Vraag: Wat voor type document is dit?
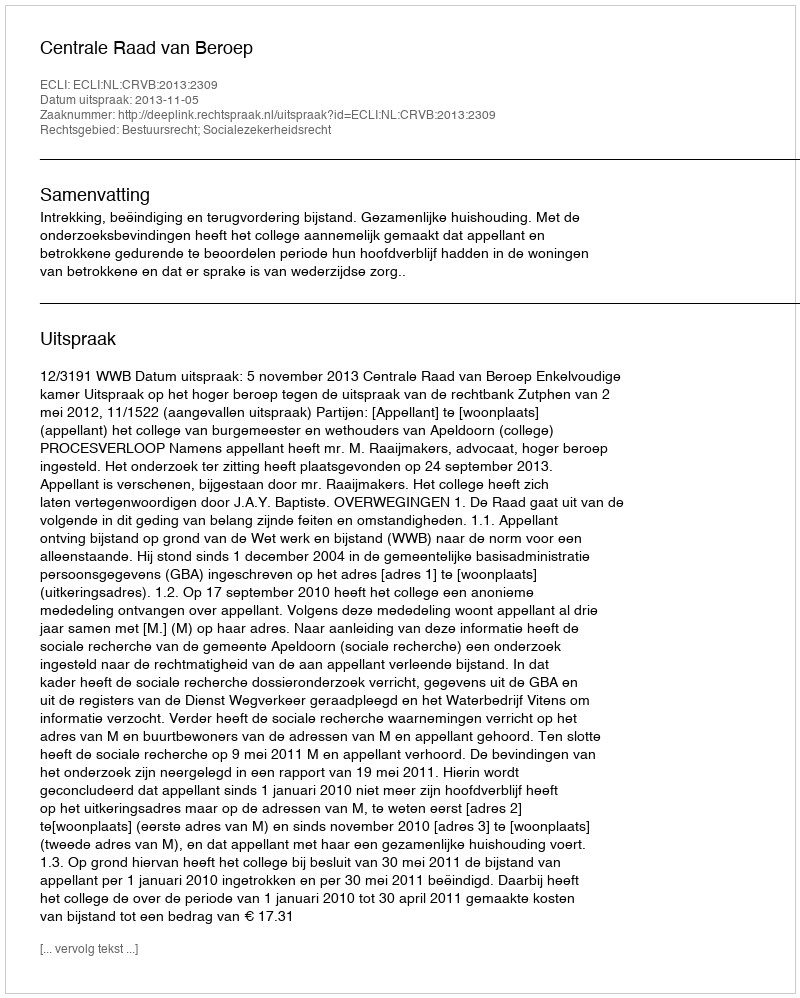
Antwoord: Uitspraak